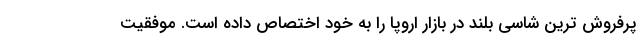
پرفروش ترین شاسی بلند در بازار اروپا را به خود اختصاص داده است. موفقیت